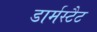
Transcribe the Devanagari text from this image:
डार्मस्टैट